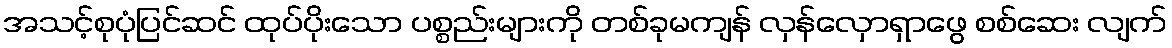
အသင့်စုပုံပြင်ဆင် ထုပ်ပိုးသော ပစ္စည်းများကို တစ်ခုမကျန် လှန်လှောရှာဖွေ စစ်ဆေး လျက်